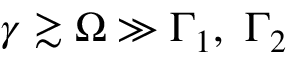
\gamma \gtrsim \Omega \gg \Gamma _ { 1 } , \ \Gamma _ { 2 }